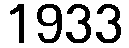
1933